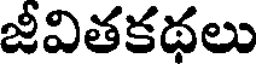
జీవితకథలు